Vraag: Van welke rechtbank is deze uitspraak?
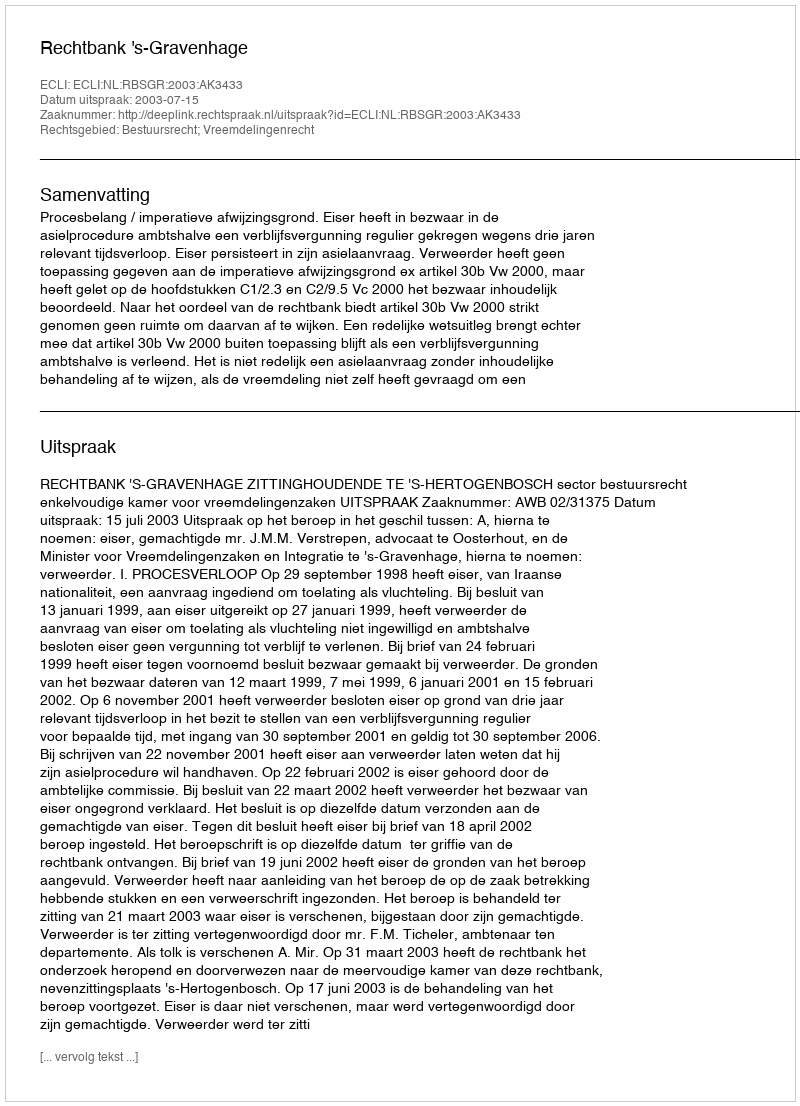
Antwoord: Rechtbank 's-Gravenhage